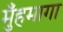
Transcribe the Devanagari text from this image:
मुँहमागा